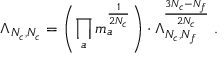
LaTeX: \Lambda _ { N _ { c } , N _ { c } } = \left( \prod _ { a } m _ { a } ^ { \frac 1 { 2 N _ { c } } } \right) \cdot \Lambda _ { N _ { c } , N _ { f } } ^ { \frac { 3 N _ { c } - N _ { f } } { 2 N _ { c } } } \; .